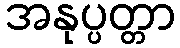
အနုပ္ပတ္တာ